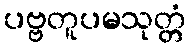
ပဗ္ဗတူပမသုတ္တံ